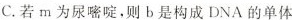
C.若m为尿嘧啶，则b是构成DNA的单体